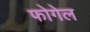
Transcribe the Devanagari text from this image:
फोगेल